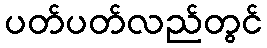
ပတ်ပတ်လည်တွင်